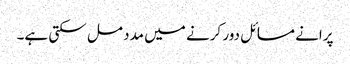
پرانے مسائل دور کرنے میں مدد مل سکتی ہے۔